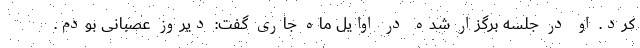
کرد. او در جلسه برگزار شده در اوایل ماه جاری گفت: دیروز عصبانی بودم.